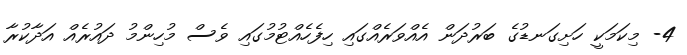
4- މިކަމަކީ ހަށިގަނޑުގެ ބަރުދަން އެއްވަރެއްގައި ހިފެހެއްޓުމުގައި ވެސް މުހިންމު ދައުރެއް އަދާކުރާ